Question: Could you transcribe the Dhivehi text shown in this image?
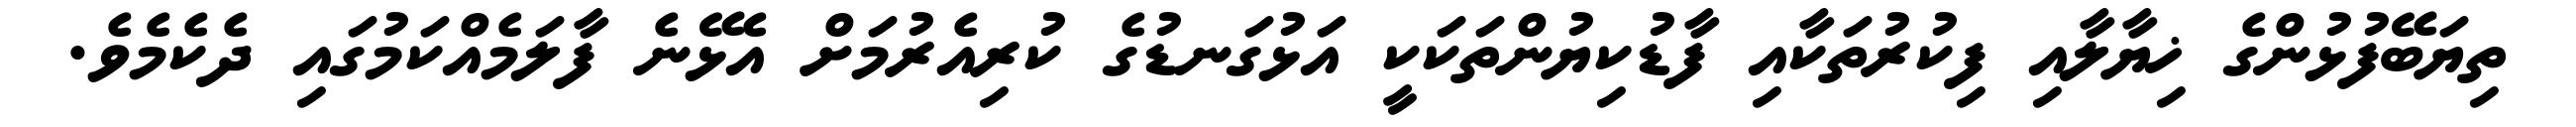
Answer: ތިޔަބޭފުޅުންގެ ޚިޔާލާއި ފިކުރުތަކާއި ފާޑުކިޔުންތަކަކީ އަޅުގަނޑުގެ ކުރިއެރުމަށް އެޅޭނެ ފާލަމެއްކަމުގައި ދެކެމެވެ.